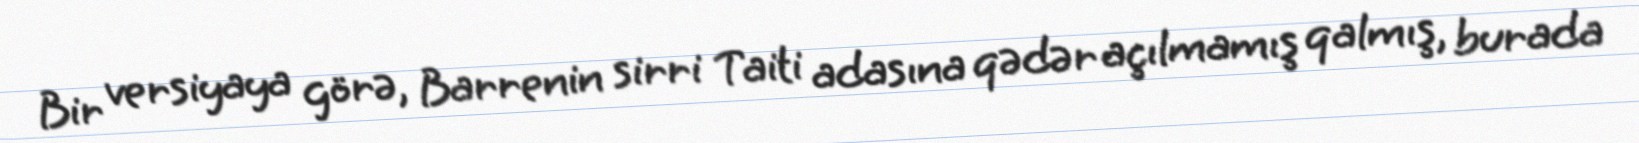
Bir versiyaya görə, Barrenin sirri Taiti adasına qədər açılmamış qalmış, burada